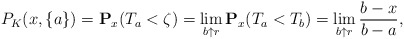
\begin{align*}P_K(x,\{a\})=\mathbf{P}_x(T_a<\zeta)=\lim_{b\uparrow r}\mathbf{P}_x(T_a<T_b)=\lim_{b\uparrow r}\frac{b-x}{b-a},\end{align*}